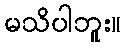
မသိပါဘူး။